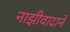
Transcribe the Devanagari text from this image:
नाझीवादाने